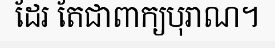
ដែរ តែជាពាក្យបុរាណ។